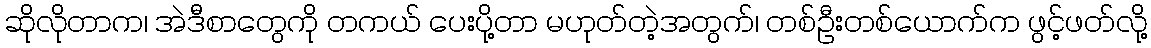
ဆိုလိုတာက၊ အဲဒီစာတွေကို တကယ် ပေးပို့တာ မဟုတ်တဲ့အတွက်၊ တစ်ဦးတစ်ယောက်က ဖွင့်ဖတ်လို့